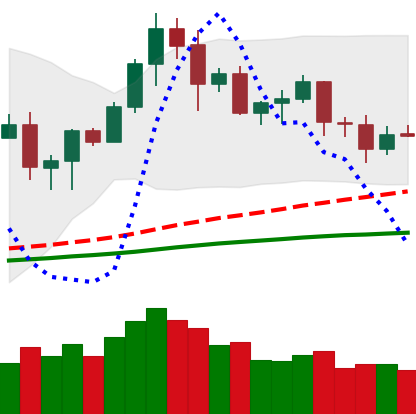
Ticker: LTC-USD
Chart end date: 2020-08-29
Forward return: -16.613%
Label: down_7plus